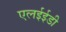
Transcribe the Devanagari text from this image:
एलईईडी